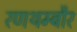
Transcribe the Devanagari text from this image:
रणथम्बौर